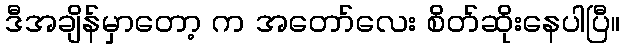
ဒီအချိန်မှာတော့ က အတော်လေး စိတ်ဆိုးနေပါပြီ။